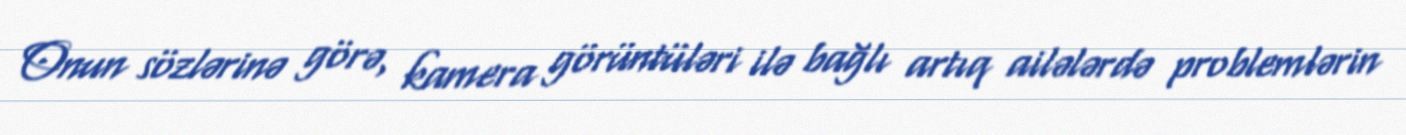
Onun sözlərinə görə, kamera görüntüləri ilə bağlı artıq ailələrdə problemlərin